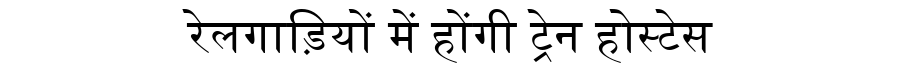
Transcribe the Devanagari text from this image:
रेलगाड़ियों में होंगी ट्रेन होस्टेस